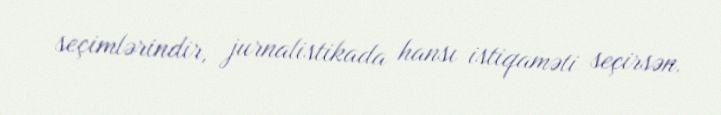
seçimlərindir, jurnalistikada hansı istiqaməti seçirsən.